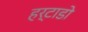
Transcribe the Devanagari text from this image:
हर्टाडो